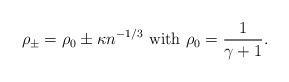
LaTeX: \begin{align*}\rho_\pm=\rho_0\pm \kappa n^{-1/3}\textrm{ with }\rho_0=\frac{1}{\gamma+1}.\end{align*}